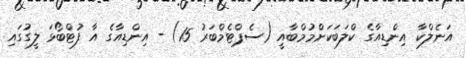
އަނެލްކާ އިންޑިއާގެ ކްލަބަކަށްމުމްބާއީ (ސެޕްޓެމްބަރު 15) - އިންޑިއާގެ އާ ފުޓްބޯޅަ ލީގުގައި